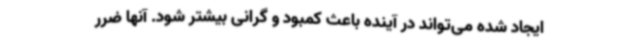
ایجاد شده می‌تواند در آینده باعث کمبود و گرانی بیشتر شود. آنها ضرر